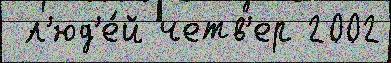
 л'юд'е́й четв'ер 2002